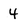
Character: 4